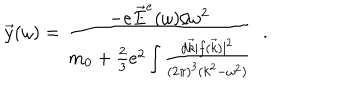
LaTeX: \vec { y } ( \omega ) = { \frac { - e \vec { E } ^ { e } ( \omega ) / \omega ^ { 2 } } { m _ { 0 } + { \frac { 2 } { 3 } } e ^ { 2 } \int { \frac { d \vec { k } | f ( \vec { k } ) | ^ { 2 } } { ( 2 \pi ) ^ { 3 } ( k ^ { 2 } - \omega ^ { 2 } ) } } } } { ~ ~ } .